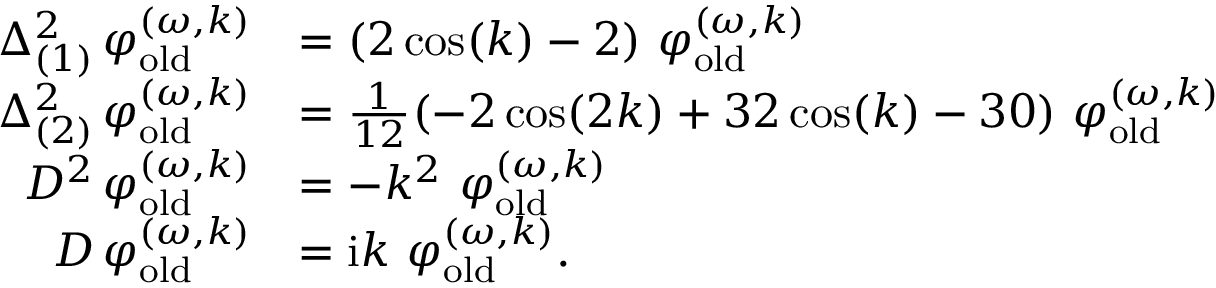
\begin{array} { r l } { \Delta _ { ( 1 ) } ^ { 2 } \, \varphi _ { \mathrm { o l d } } ^ { ( \omega , k ) } } & { = ( 2 \cos ( k ) - 2 ) \ \varphi _ { \mathrm { o l d } } ^ { ( \omega , k ) } } \\ { \Delta _ { ( 2 ) } ^ { 2 } \, \varphi _ { \mathrm { o l d } } ^ { ( \omega , k ) } } & { = \frac { 1 } { 1 2 } ( - 2 \cos ( 2 k ) + 3 2 \cos ( k ) - 3 0 ) \ \varphi _ { \mathrm { o l d } } ^ { ( \omega , k ) } } \\ { D ^ { 2 } \, \varphi _ { \mathrm { o l d } } ^ { ( \omega , k ) } } & { = - k ^ { 2 } \ \varphi _ { \mathrm { o l d } } ^ { ( \omega , k ) } } \\ { D \, \varphi _ { \mathrm { o l d } } ^ { ( \omega , k ) } } & { = \mathrm { i } k \ \varphi _ { \mathrm { o l d } } ^ { ( \omega , k ) } . } \end{array}